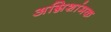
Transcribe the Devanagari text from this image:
अग्निशांमक